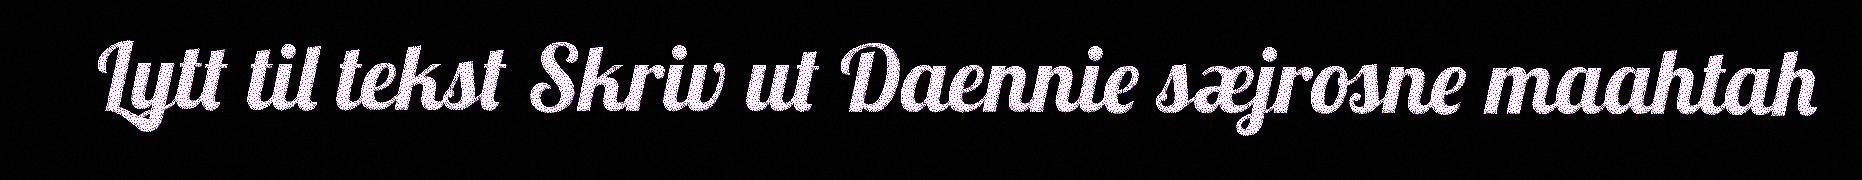
Lytt til tekst Skriv ut Daennie sæjrosne maahtah